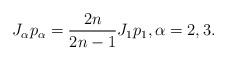
LaTeX: \begin{align*}J_\alpha p_\alpha=\frac{2n}{2n-1}J_1p_1 , \alpha =2,3.\end{align*}